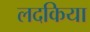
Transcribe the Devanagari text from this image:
लदकिया